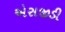
એસજીડી